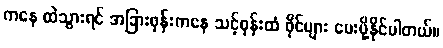
ကနေ ထဲသွားရင် အခြားဖုန်းကနေ သင့်ဖုန်းထံ ဖိုင်များ ပေးပို့နိုင်ပါတယ်။